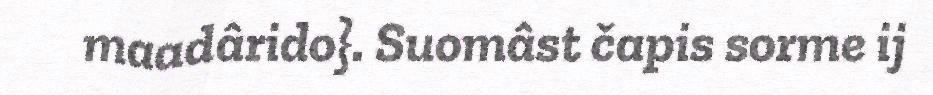
maadârido}. Suomâst čapis sorme ij